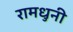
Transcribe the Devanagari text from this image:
रामधुनी